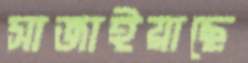
সাজাইয়াছে